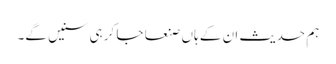
ہم حدیث ان کے ہاں صنعا جا کر ہی سنیں گے۔